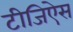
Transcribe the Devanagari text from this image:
टीजिऐस